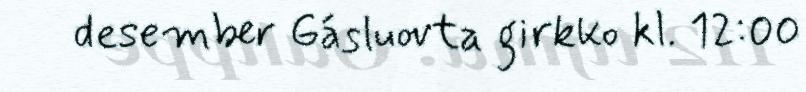
desember Gásluovta girkko kl. 12:00